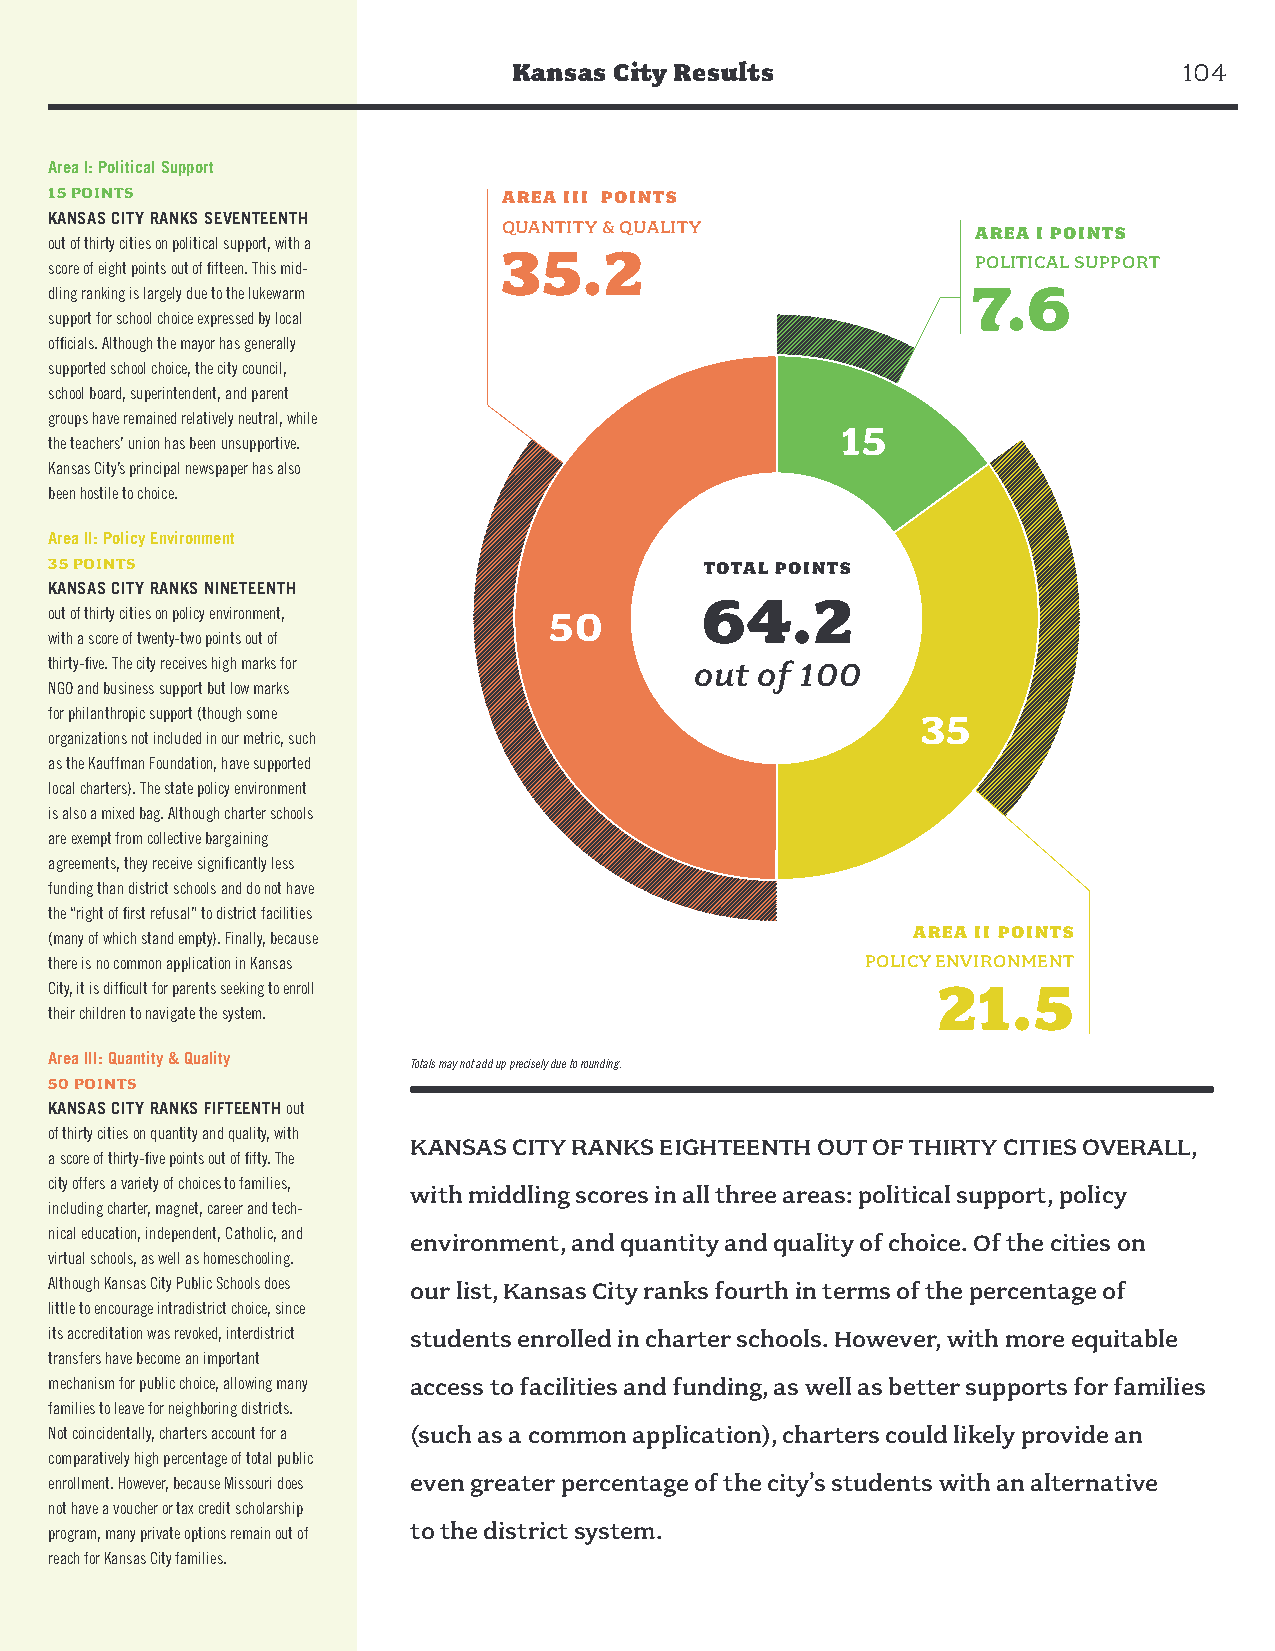
Kansas City Results                         104
 Area I: Political Support
 15 POINTS                     AREA III POINTS
 KANSAS CITY RANKS SEVENTEENTH
 QUANTITY & QUALITY
 AREA I POINTS
 out of thirty cities on political support, with a 35.2
 POLITICAL SUPPORT
 score of eight points out of fifteen. This mid-
 7.6
 dling ranking is largely due to the lukewarm
 support for school choice expressed by local
 officials. Although the mayor has generally
 supported school choice, the city council,
 school board, superintendent, and parent
 groups have remained relatively neutral, while
 15
 the teachers’ union has been unsupportive.
 Kansas City’s principal newspaper has also
 been hostile to choice.
 Area II: Policy Environment
 35 POINTS                                   TOTAL POINTS
 KANSAS CITY RANKS NINETEENTH
 64.2
 out of thirty cities on policy environment, 50
 with a score of twenty-two points out of
 thirty-five. The city receives high marks for out of 100
 NGO and business support but low marks
 for philanthropic support (though some                    35
 organizations not included in our metric, such
 as the Kauffman Foundation, have supported
 local charters). The state policy environment
 is also a mixed bag. Although charter schools
 are exempt from collective bargaining
 agreements, they receive significantly less
 funding than district schools and do not have
 the “right of first refusal” to district facilities
 AREA II POINTS
 (many of which stand empty). Finally, because
 there is no common application in Kansas              POLICY ENVIRONMENT
 City, it is difficult for parents seeking to enroll        21.5
 their children to navigate the system.
 Area III: Quantity & Quality
 Totals may not add up precisely due to rounding.
 50 POINTS
 KANSAS CITY RANKS FIFTEENTH out
 of thirty cities on quantity and quality, with
 KANSAS CITY RANKS EIGHTEENTH OUT OF THIRTY CITIES OVERALL,
 a score of thirty-five points out of fifty. The
 city offers a variety of choices to families,
 with middling scores in all three areas: political support, policy
 including charter, magnet, career and tech-
 nical education, independent, Catholic, and environment, and quantity and quality of choice. Of the cities on
 virtual schools, as well as homeschooling.
 Although Kansas City Public Schools does our list, Kansas City ranks fourth in terms of the percentage of
 little to encourage intradistrict choice, since
 its accreditation was revoked, interdistrict students enrolled in charter schools. However, with more equitable
 transfers have become an important
 mechanism for public choice, allowing many access to facilities and funding, as well as better supports for families
 families to leave for neighboring districts.
 Not coincidentally, charters account for a (such as a common application), charters could likely provide an
 comparatively high percentage of total public
 enrollment. However, because Missouri does even greater percentage of the city’s students with an alternative
 not have a voucher or tax credit scholarship
 to the district system.
 program, many private options remain out of
 reach for Kansas City families.